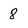
Character: 8